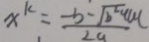
x ^ { k } = \frac { - b - \sqrt { b ^ { 2 } + 4 a c } } { 2 a }